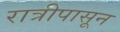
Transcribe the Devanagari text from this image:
रात्रीपासून